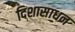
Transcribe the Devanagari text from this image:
दिशासाधन